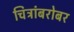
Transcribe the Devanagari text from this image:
चित्रांबरोबर